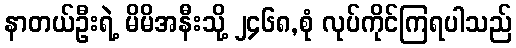
နာတယ်ဦးရဲ့ မိမိအနီးသို့ ၂၄၆၈,စုံ လုပ်ကိုင်ကြရပါသည်